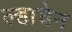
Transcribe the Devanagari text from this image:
ल्हाचेन